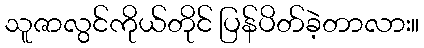
သူဇာလွင်ကိုယ်တိုင် ပြန်ပိတ်ခဲ့တာလား။